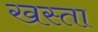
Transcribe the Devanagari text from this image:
खस्‍ता